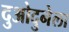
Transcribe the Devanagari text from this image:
दुओदुनेला